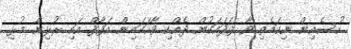
ހުސެއިން ނިކަމެތި ވާ ފަދައަކުން ދެއްކި ވާހަކައިން އަފާފް އައި ރުޅިން މުޅި